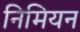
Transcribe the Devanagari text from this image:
निमियन